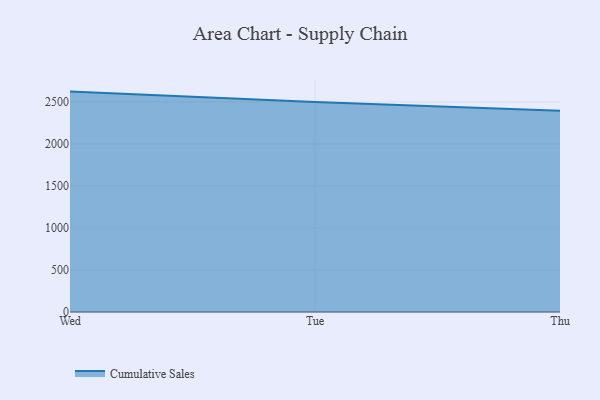
{"axis": {"x": "Day", "y": "Market Share (%)"}, "legend": ["Cumulative Sales"], "data": [{"x": "Wed", "y": 2623.1, "type": "Cumulative Sales"}, {"x": "Tue", "y": 2499.1, "type": "Cumulative Sales"}, {"x": "Thu", "y": 2396.5, "type": "Cumulative Sales"}]}